Civil Veterinary Dept. North-West Frontier Province 1901-22 - 1901-1922
Year: 1901
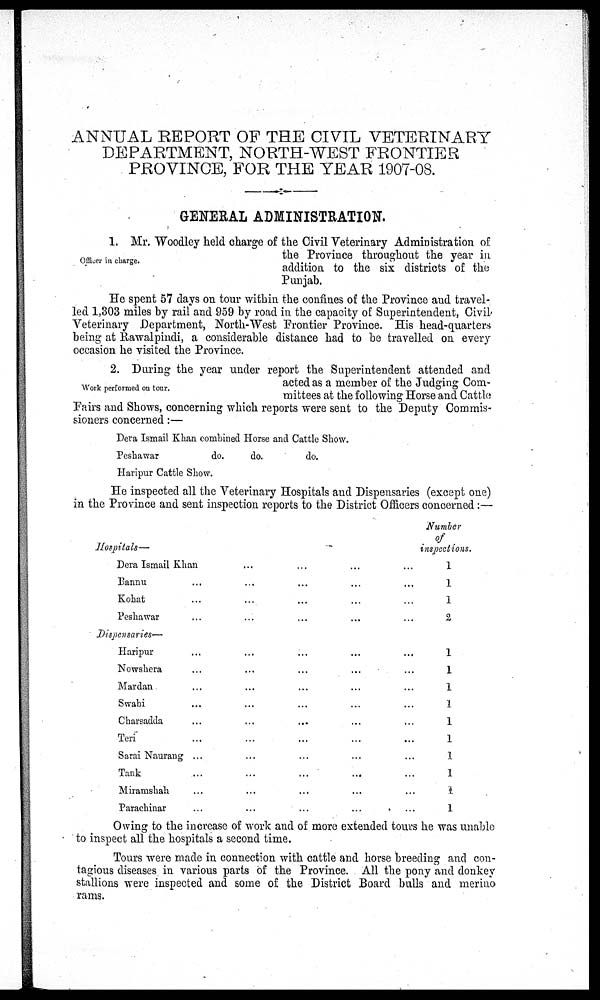
ANNUAL REPORT OF THE CIVIL VETERINARY
DEPARTMENT, NORTH-WEST FRONTIER
PROVINCE, FOR THE YEAR 1907-08.
GENERAL ADMINISTRATION.
Officer in charge.
1. Mr. Woodley held charge of the Civil Veterinary Administration of
the Province throughout the year in
addition to the six districts of the
Punjab.
He spent 57 days on tour within the confines of the Province and travel-
led 1,303 miles by rail and 959 by road in the capacity of Superintendent, Civil
Veterinary Department, North-West Frontier Province. His head-quarters
being at Rawalpindi, a considerable distance had to be travelled on every
occasion he visited the Province.
Work performed on tour.
2. During the year under report the Superintendent attended and
acted as a member of the Judging Com-
mittees at the following Horse and Cattle
Fairs and Shows, concerning which reports were sent to the Deputy Commis-
sioners concerned: —
Dera Ismail Khan combined Horse and Cattle Show.
Peshawar
Haripur Cattle Show.
do.
do.
do.
He inspected all the Veterinary Hospitals and Dispensaries (except one)
in the Province and sent inspection reports to the District Officers concerned: —
Hospitals—
Dera Ismail Khan
Bannu
Kohat
Peshawar
Dispensaries—
Haripur
Nowshera
Mardan
Swabi
Charsadda
Teri
Sarai Naurang
Tank
Miramshah
Parachinar
...
...
...
...
...
...
...
...
...
...
...
...
...
...
...
...
...
...
...
...
...
...
...
...
...
...
...
...
...
...
...
...
...
...
...
...
...
...
...
...
...
...
...
...
...
...
...
...
...
...
...
...
...
...
...
...
...
...
...
...
...
...
...
...
...
...
...
...
...
Number
of
inspections.
1
1
1
2
1
1
1
1
1
1
1
1
1
1
Owing to the increase of work and of more extended tours he was unable
to inspect all the hospitals a second time.
Tours were made in connection with cattle and horse breeding and con-
tagious diseases in various parts of the Province. All the pony and donkey
stallions were inspected and some of the District Board bulls and merino
rams.